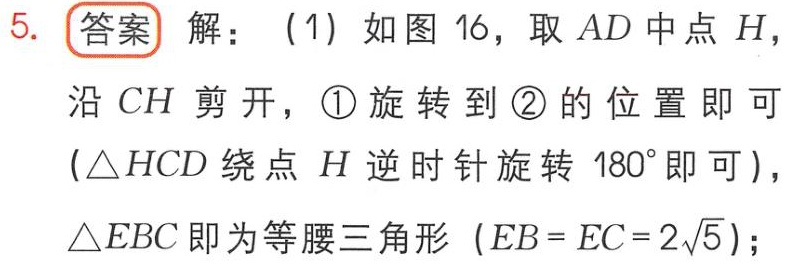
5. **答案** 解：（1）如图 16，取 \(AD\) 中点 \(H\)，沿 \(CH\) 剪开，\textcircled{1} 旋转到 \textcircled{2} 的位置即可 (\(\triangle HCD\) 绕点 \(H\) 逆时针旋转 \(180^{\circ}\) 即可 )，\(\triangle EBC\) 即为等腰三角形 (\(EB = EC = 2\sqrt{5}\))；